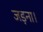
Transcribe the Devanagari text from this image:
जड़ना।